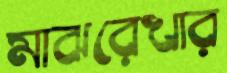
মাঝরেখার